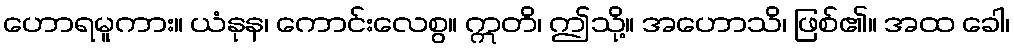
ဟောရမူကား။ ယံနုန၊ ကောင်းလေစွ။ ဣတိ၊ ဤသို့။ အဟောသိ၊ ဖြစ်၏။ အထ ခေါ၊